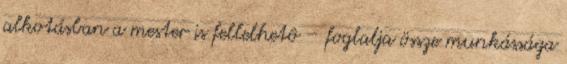
alkotásban a mester is fellelhetô – foglalja össze munkássága